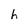
Character: h